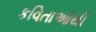
કવિતાઓથી